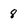
Character: 8